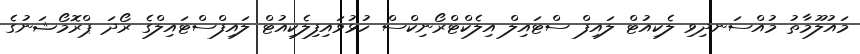
މައުލޫމާތު މުއްސަނދިވި ލެކިއުޓް ލައިފް ސްޓައިލް އިލެކްޓްރޯނިކްސް ހުޅުވައިފިލެކިއުޓް ލައިފްސްޓައިލްގެ ރޯދަ ޕްރޮމޯޝަނުގެ